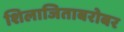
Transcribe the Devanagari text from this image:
शिलाजिताबरोबर